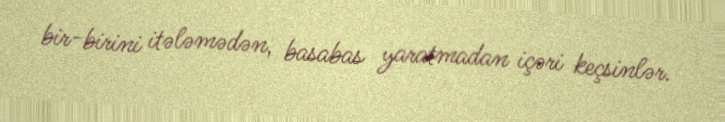
bir-birini itələmədən, basabas yaratmadan içəri keçsinlər.